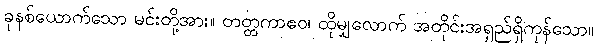
ခုနစ်ယောက်သော မင်းတို့အား။ တတ္တကာဧဝ၊ ထိုမျှလောက် အတိုင်းအရှည်ရှိကုန်သော။